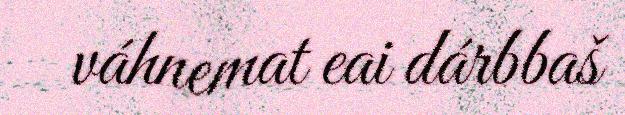
váhnemat eai dárbbaš